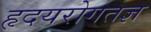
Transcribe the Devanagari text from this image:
हृदयरोगतज्ञ